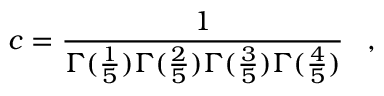
c = \frac { 1 } { \Gamma ( \frac { 1 } { 5 } ) \Gamma ( \frac { 2 } { 5 } ) \Gamma ( \frac { 3 } { 5 } ) \Gamma ( \frac { 4 } { 5 } ) } \, \, \, \, \, ,